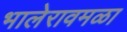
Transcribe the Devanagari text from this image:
भालेरावमळा